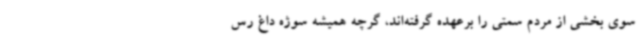
سوی بخشی از مردم سمتی را برعهده گرفته‌اند، گرچه همیشه سوژه داغ رس